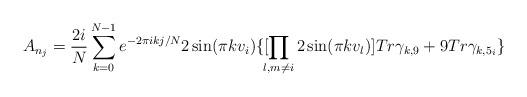
LaTeX: \begin{align*}A_{n_j}= \frac{2i}{N}\sum_{k=0}^{N-1}e^{-2\pi i kj/N}2\sin(\pi kv_i)\{ [\!\! \prod_{l, m \not= i} 2 \sin ( \pi k v_l ) ] Tr\gamma_{k,9} +9 Tr \gamma_{k, 5_i}\}\end{align*}